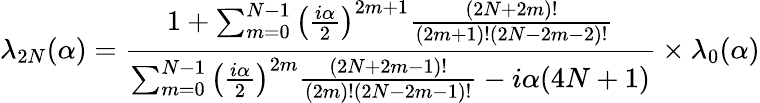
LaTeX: \lambda_{2N}(\alpha)={\frac{1+\sum_{m=0}^{N-1}\left({\frac{i\alpha}{2}}\right)^{2m+1}{\frac{(2N+2m)!}{(2m+1)!(2N-2m-2)!}}}{\sum_{m=0}^{N-1}\left({\frac{i\alpha}{2}}\right)^{2m}{\frac{(2N+2m-1)!}{(2m)!(2N-2m-1)!}}-i\alpha(4N+1)}}\times\lambda_{0}(\alpha)